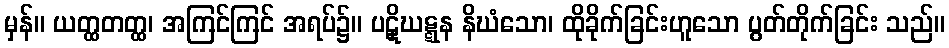
မှန်။ ယတ္ထတတ္ထ၊ အကြင်ကြင် အရပ်၌။ ပဋှိဃဋ္ဋန နိဃံသော၊ ထိုခိုက်ခြင်းဟူသော ပွတ်တိုက်ခြင်း သည်။